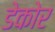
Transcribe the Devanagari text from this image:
डेकोर